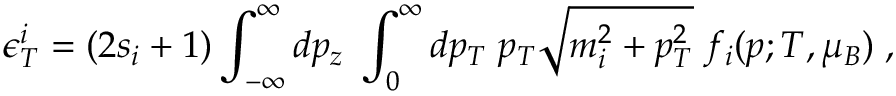
\epsilon _ { T } ^ { i } = ( 2 s _ { i } + 1 ) \int _ { - \infty } ^ { \infty } d p _ { z } \; \int _ { 0 } ^ { \infty } d p _ { T } \; p _ { T } \sqrt { m _ { i } ^ { 2 } + p _ { T } ^ { 2 } } \; f _ { i } ( p ; T , \mu _ { B } ) \; ,